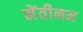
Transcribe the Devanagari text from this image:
मेंतीनन